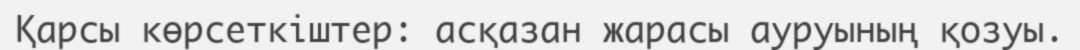
Қарсы көрсеткіштер: асқазан жарасы ауруының қозуы.